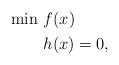
LaTeX: \begin{align*} \begin{aligned} \min \ &f(x) \\ \enspace & h(x) = 0, \end{aligned}\end{align*}